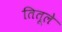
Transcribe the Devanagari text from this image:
तितूले